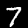
Label: 7